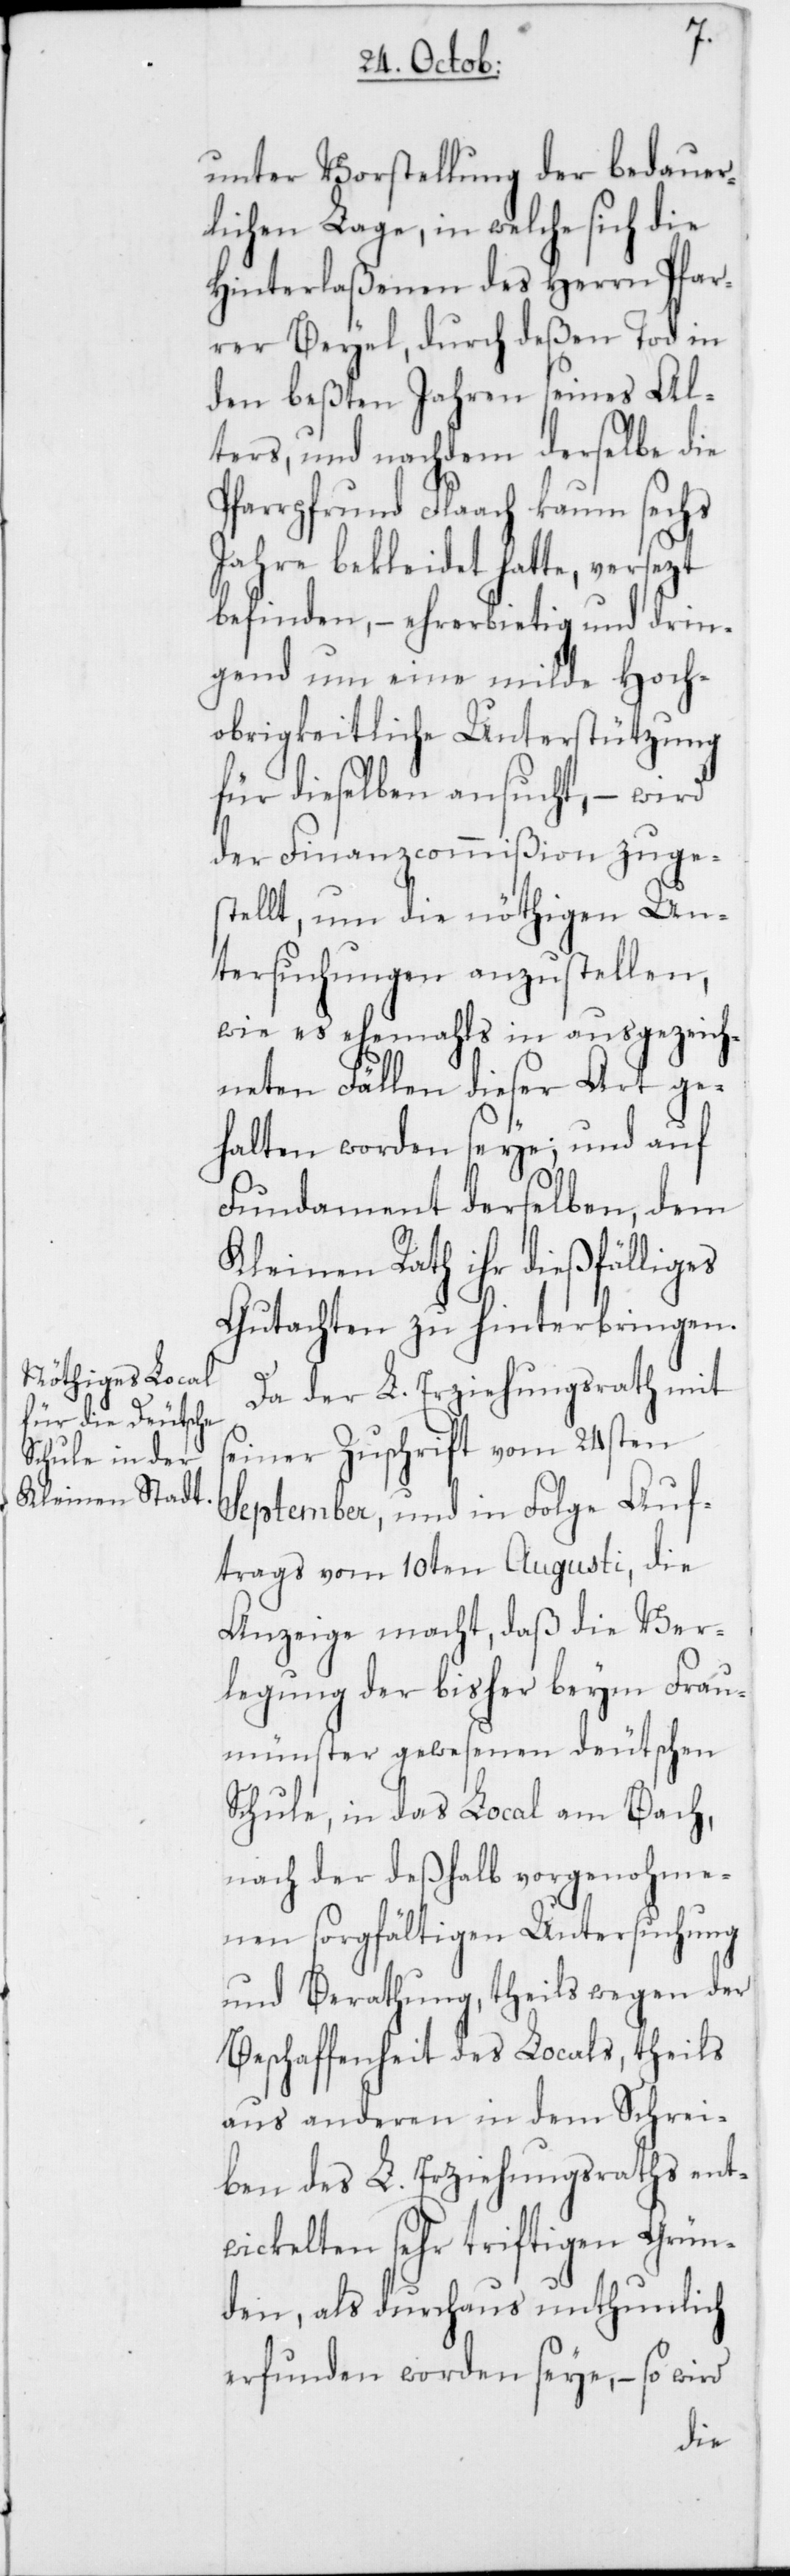
unter Vorstellung der bedauer¬
lichen Lage, in welche sich die
Hinterlaßenen des Herrn Pfar¬
rer Beyel, durch deßen Tod in
den beßten Jahren seines Al¬
ters, und nachdem derselbe die
Pfarrpfrund Flaach kaum sechs
Jahre bekleidet hatte, versezt
befinden, – ehrerbietig und drin¬
gend um eine milde Hoch¬
obrigkeitliche Unterstützung
für dieselben ansucht, – wird
der Finanzcommißion zuge¬
stellt, um die nöthigen Un¬
tersuchungen anzustellen,
wie es ehemals in ausgezeich¬
neten Fällen dieser Art ge¬
halten worden seye; und auf
Fundament derselben, dem
Kleinen Rath ihr dießfälliges
Gutachten zu hinterbringen.
Da der L. Erziehungsrath mit
seiner Zuschrift vom 24sten
September, und in Folge Auf¬
trags vom 10ten Augusti, die
Anzeige macht, daß die Ver¬
legung der bisher beym Frau¬
münster gewesenen deutschen
Schule, in das Local am Bach,
nach der deshalb vorgenohme¬
nen sorgfältigen Untersuchung
und Berathung, theils wegen der
Beschaffenheit des Locals, theils
aus anderen in dem Schrei¬
ben des L. Erziehungsraths ent¬
wickelten sehr triftigen Grün¬
den, als durchaus unthunlich
erfunden worden seye, – so wird